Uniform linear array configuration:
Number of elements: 64
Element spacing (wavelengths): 0.5
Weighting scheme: hann
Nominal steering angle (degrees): -60
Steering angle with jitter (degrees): -59.277
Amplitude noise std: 0.05
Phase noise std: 0.05

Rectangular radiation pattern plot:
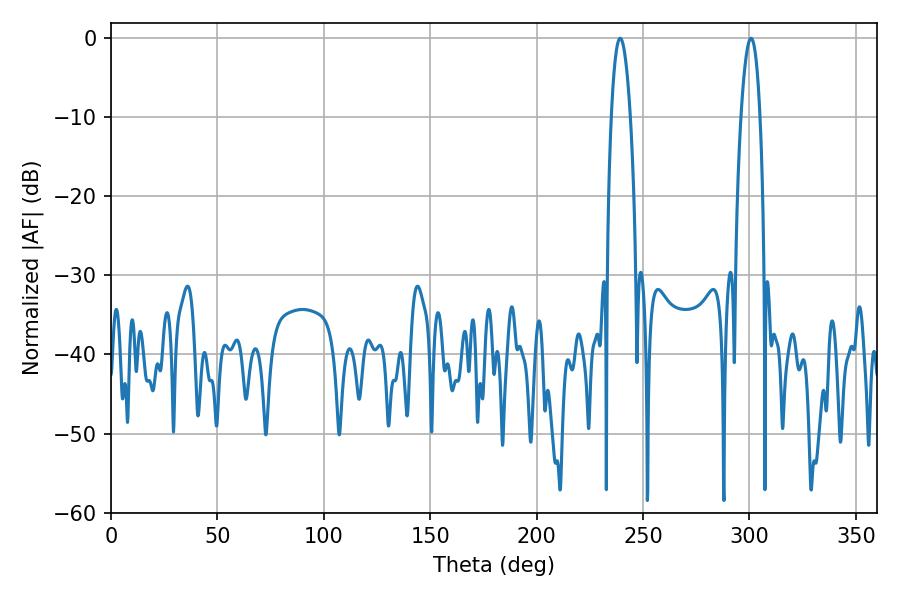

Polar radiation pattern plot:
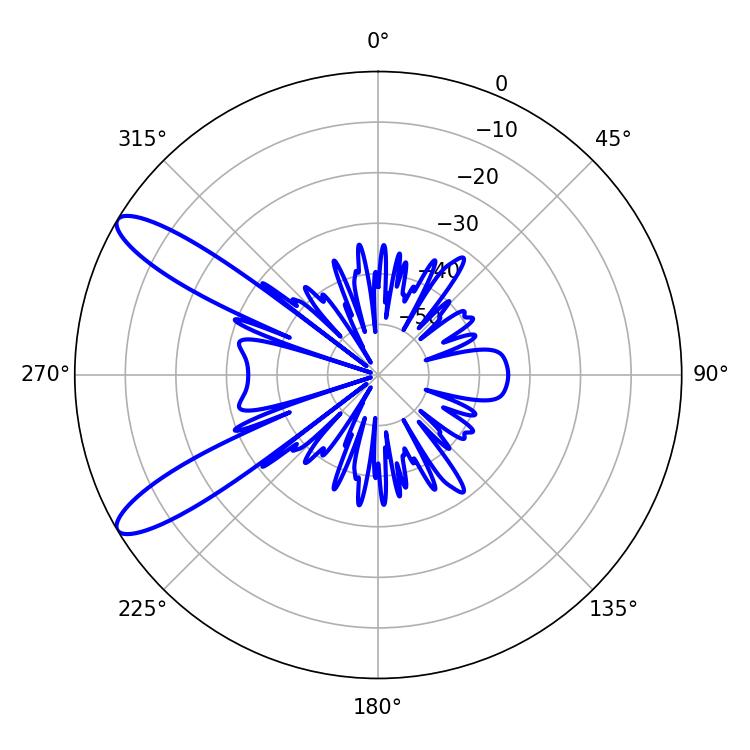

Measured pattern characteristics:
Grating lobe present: FALSE
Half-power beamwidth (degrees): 4.86
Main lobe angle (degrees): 239.22